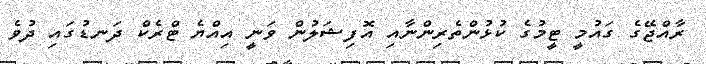
ރާއްޖޭގެ ގައުމީ ޓީމުގެ ކުޅުންތެރިންނާއި އޮފިޝަލުން ވަނީ އިއްޔެ ޓްރެކް ދަނޑުގައި ދުވެ